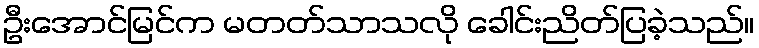
ဦးအောင်မြင်က မတတ်သာသလို ခေါင်းညိတ်ပြခဲ့သည်။